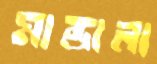
মান্ডালা